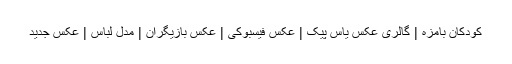
کودکان بامزه | گالری عکس یاس پیک | عکس فیسبوکی | عکس بازیگران | مدل لباس | عکس جدید